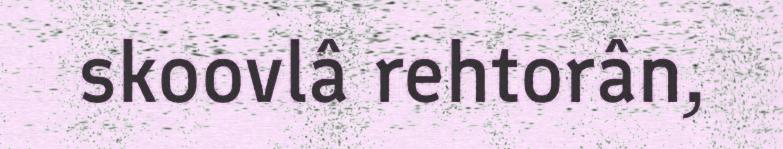
skoovlâ rehtorân,